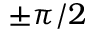
\pm \pi / 2